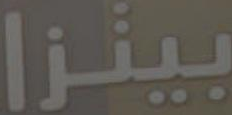
بينزا